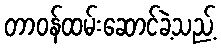
တာဝန်ထမ်းဆောင်ခဲ့သည့်